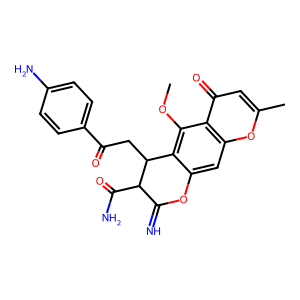
SMILES: COc1c2c(cc3oc(C)cc(=O)c13)OC(=N)C(C(N)=O)C2CC(=O)c1ccc(N)cc1
Inhibits HIV replication: Yes